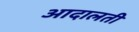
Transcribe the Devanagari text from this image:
आदालती